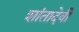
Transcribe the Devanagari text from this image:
शांतादेवी